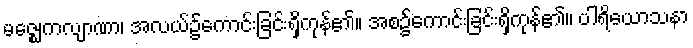
မဇ္ဈေကလျာဏာ၊ အလယ်၌ကောင်းခြင်းရှိကုန်၏။ အစ၌ကောင်းခြင်းရှိကုန်၏။ ပါရိယောသနာ